system: You are a helpful assistant.
user:
Analyze the provided spectrum to determine if it is a **"Cataclysmic Variables (CV)"**.

- **Key Indicators for CV (Check for either state):**
    - **State 1: Quiescent / Low-State (Emission-Dominated)**
        - **(Primary):** Strong and *very broad* Hydrogen Balmer emission lines (e.g., $H\alpha$ at 6563 Å, $H\beta$ at 4861 Å). The 'broadness' (high velocity dispersion, often FWHM > 1000 km/s) is the key diagnostic, indicating a high-velocity accretion disk.
        - **(Secondary):** Broad neutral Helium (He I) emission lines (e.g., 5876 Å, 6678 Å).
        - **(Key Confirmation):** Presence of high-excitation *ionized* Helium (He II) emission at 4686 Å. This is a strong indicator of accretion onto a white dwarf.
        - **(Line Profile):** Emission lines may exhibit a 'double-peaked' profile, which is a classic signature of a rotating accretion disk viewed at high inclination.

    - **State 2: Outburst / High-State (Absorption-Dominated)**
        - **(Primary):** Spectrum is dominated by a bright, blue continuum (looks like a hot star).
        - **(Secondary):** The emission lines from State 1 are weak, absent, or 'filled in', and are replaced by broad, shallow *absorption* lines (primarily Balmer and He I).
        - **(Morphology):** The overall spectrum mimics a hot B/A-type star. The crucial difference is that the absorption lines are significantly broader, shallower, and more 'washed-out' (or 'smeared') than the sharp lines of a normal stellar photosphere, due to high rotational speeds and pressure broadening in the disk.

Think first, call **spectral_visualization_tool** if needed to examine features in detail, then provide your final answer. Your response must adhere to the following strict rules:
1.  **Overall Structure:** Your response must follow the format `<think>...</think> <tool_call>...</tool_call> (if a tool is used) <answer>...</answer>`.
2.  **Tool Usage Constraint:** You may only make **one** tool call per turn.
3.  **Final Answer Format:** In the `<answer>` tag, your conclusion must be inside a `\boxed{}` command (e.g., `\boxed{YES}`), followed by your justification.

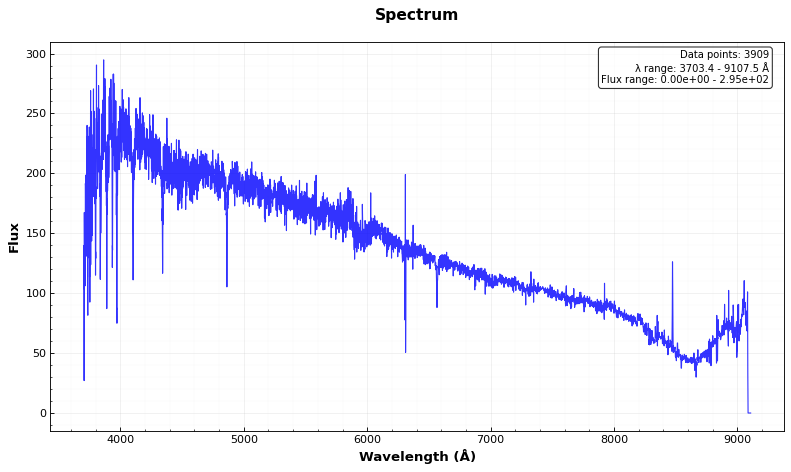
Answer: NO